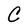
Character: C